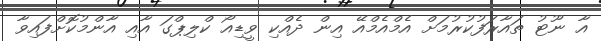
އާ ނޫޓު ތައާރަފުކުރުމަށް އެމްއެމްއޭ އިން ދެއްކި ވީޑިއޯ ކްލިޕްގަ އާއި އާންމުކޮށްފައިވާ